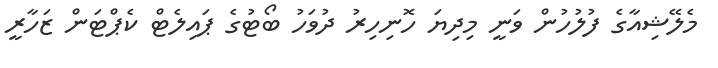
މެލޭޝިއާގެ ފުލުހުން ވަނީ މިދިޔަ ހޮނިހިރު ދުވަހު ބޯޓުގެ ޕައިލެޓް ކެޕްޓަން ޒަހާރީ